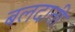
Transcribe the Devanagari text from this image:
बलदाती